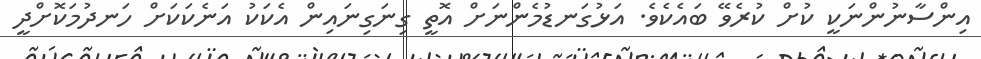
އިންސާނުންނަކީ ކުށް ކުރެވޭ ބައެކެވެ. އަޅުގަނޑުމެންނަށް އޮތީ ގިނަގިނައިން އެކަކު އަނެކަކަށް ހަނދުމަކޮށްދީ